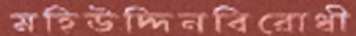
মহিউদ্দিনবিরোধী